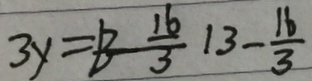
3 y = 1 3 - \frac { 1 6 } { 3 } 1 3 - \frac { 1 6 } { 3 }